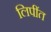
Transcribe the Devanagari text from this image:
लिपींत